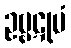
ဥဗ္ဗဋုမံ